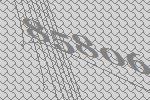
85806